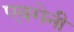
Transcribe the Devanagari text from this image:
एवगेनी